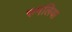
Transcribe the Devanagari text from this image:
रुमलिया